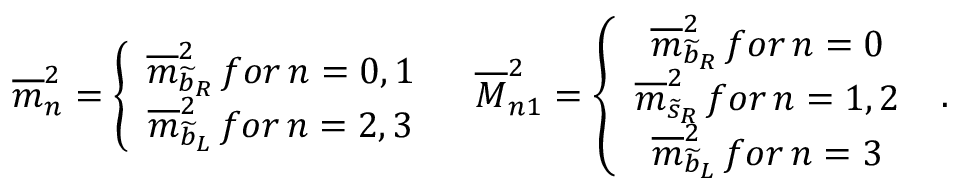
\begin{array} { c c } { { \overline { { { m } } } _ { n } ^ { 2 } = \left\{ \begin{array} { c } { { \overline { { { m } } } _ { \widetilde { b } _ { R } } ^ { 2 } \, f o r \, n = 0 , 1 } } \\ { { \overline { { { m } } } _ { \widetilde { b } _ { L } } ^ { 2 } \, f o r \, n = 2 , 3 } } \end{array} \right. } } & { { \overline { { { M } } } _ { n 1 } ^ { 2 } = \left\{ \begin{array} { c } { { \overline { { { m } } } _ { \widetilde { b } _ { R } } ^ { 2 } \, f o r \, n = 0 } } \\ { { \overline { { { m } } } _ { \widetilde { s } _ { R } } ^ { 2 } \, f o r \, n = 1 , 2 } } \\ { { \overline { { { m } } } _ { \widetilde { b } _ { L } } ^ { 2 } \, f o r \, n = 3 } } \end{array} \right. } } \end{array} .